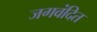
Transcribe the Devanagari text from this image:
जगवंदित